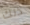
ذلك